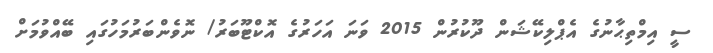
ސީ އިމްތިޙާނުގެ އެޕްލިކޭޝަން ދޫކުރުން 2015 ވަނަ އަހަރުގެ އޮކްޓޫބަރު/ ނޮވެންބަރުމަހުގައި ބޭއްވުމަށް